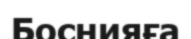
Боснияға